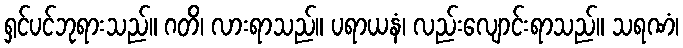
ရှင်ပင်ဘုရားသည်။ ဂတိ၊ လားရာသည်။ ပရာယနံ၊ လည်းလျောင်းရာသည်။ သရဏံ၊